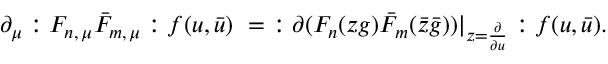
\partial _ { \mu } : F _ { n , \, \mu } \bar { F } _ { m , \, \mu } : f ( u , \bar { u } ) \ = \ : \partial ( F _ { n } ( z g ) \bar { F } _ { m } ( \bar { z } \bar { g } ) ) | _ { z = \frac { \partial } { \partial u } } : f ( u , \bar { u } ) .